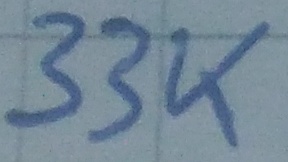
Text: 33K